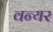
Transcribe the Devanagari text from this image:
वन्यर